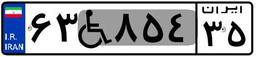
۶۳W۸۵۴۳۵